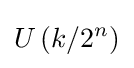
U\left(k/2^{n}\right)